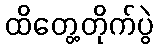
ထိတွေ့တိုက်ပွဲ